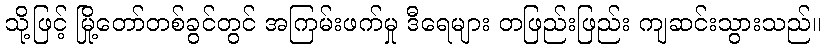
သို့ဖြင့် မြို့တော်တစ်ခွင်တွင် အကြမ်းဖက်မှု ဒီရေများ တဖြည်းဖြည်း ကျဆင်းသွားသည်။